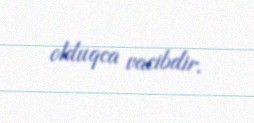
olduqca vacibdir.